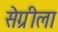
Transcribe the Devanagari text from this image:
सेग्रीला